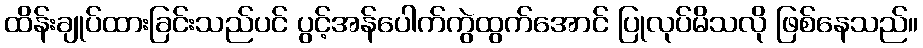
ထိန်းချုပ်ထားခြင်းသည်ပင် ပွင့်အန်ပေါက်ကွဲထွက်အောင် ပြုလုပ်မိသလို ဖြစ်နေသည်။